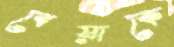
বেয়াকে